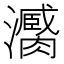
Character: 𤃼